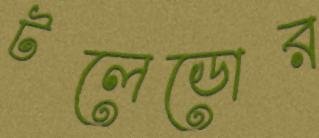
টলেডোর